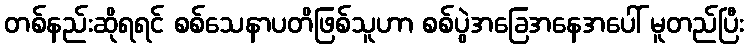
တစ်နည်းဆိုရရင် စစ်သေနာပတိဖြစ်သူဟာ စစ်ပွဲအခြေအနေအပေါ် မူတည်ပြီး